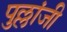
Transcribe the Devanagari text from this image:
पुल्लांजी